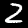
Label: 2